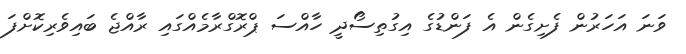
ވަނަ އަހަރުން ފެށިގެން އެ ފަންޑުގެ އިގުތިސޯދީ ހާއްސަ ޕްރޮގްރާމެއްގައި ރާއްޖެ ބައިވެރިކޮށްފަ